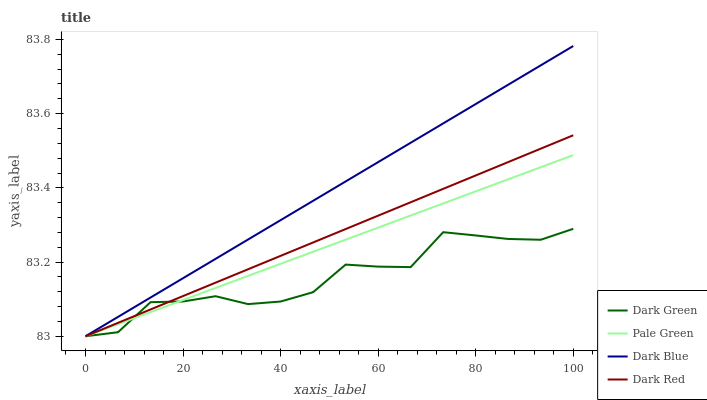
| xaxis_label | Dark Green | Pale Green | Dark Blue | Dark Red |
 | --- | --- | --- | --- | --- |
 | 0 | 83 | 83 | 83 | 83 |
 | 6.67 | 83 | 83 | 83.1 | 83 |
 | 13.3 | 83.1 | 83.1 | 83.1 | 83.1 |
 | 20 | 83.1 | 83.1 | 83.2 | 83.1 |
 | 26.7 | 83.1 | 83.1 | 83.2 | 83.1 |
 | 33.3 | 83.1 | 83.2 | 83.3 | 83.2 |
 | 40 | 83.1 | 83.2 | 83.3 | 83.2 |
 | 46.7 | 83.1 | 83.2 | 83.4 | 83.3 |
 | 53.3 | 83.2 | 83.3 | 83.4 | 83.3 |
 | 60 | 83.2 | 83.3 | 83.5 | 83.3 |
 | 66.7 | 83.2 | 83.3 | 83.5 | 83.4 |
 | 73.3 | 83.3 | 83.4 | 83.6 | 83.4 |
 | 80 | 83.3 | 83.4 | 83.6 | 83.4 |
 | 86.7 | 83.3 | 83.4 | 83.7 | 83.5 |
 | 93.3 | 83.3 | 83.5 | 83.7 | 83.5 |
 | 100 | 83.3 | 83.5 | 83.8 | 83.5 |